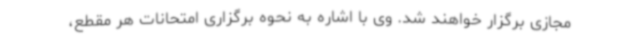
مجازی برگزار خواهند شد. وی با اشاره به نحوه برگزاری امتحانات هر مقطع،